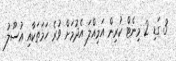
3 ގަޑި 2 މިނެޓް ކުރިން އަމިއްލަ އެދުމަށް ވުރެ ހަމަތަކާއި އުސޫލު